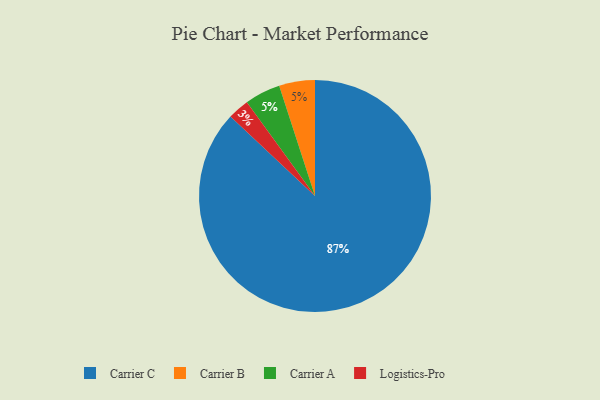
{"axis": {"x": "Category", "y": "Percentage"}, "legend": ["Carrier A", "Carrier B", "Carrier C", "Logistics-Pro"], "data": [{"x": "Logistics-Pro", "y": 3, "type": "Logistics-Pro"}, {"x": "Carrier B", "y": 5, "type": "Carrier B"}, {"x": "Carrier A", "y": 5, "type": "Carrier A"}, {"x": "Carrier C", "y": 87, "type": "Carrier C"}]}